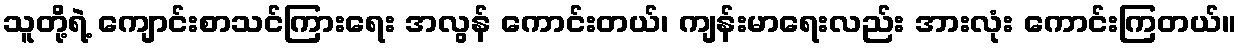
သူတို့ရဲ့ ကျောင်းစာသင်ကြားရေး အလွန် ကောင်းတယ်၊ ကျန်းမာရေးလည်း အားလုံး ကောင်းကြတယ်။